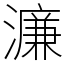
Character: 濂